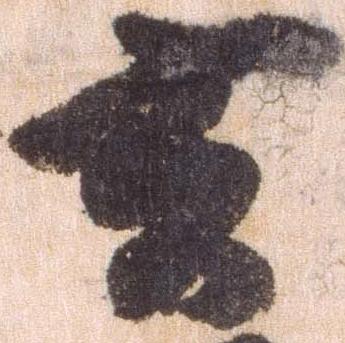
去